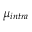
\mu _ { i n t r a }